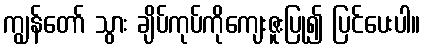
ကျွန်တော် သွား ချိပ်ကုပ်ကိုကျေးဇူးပြု၍ ပြင်ပေးပါ။